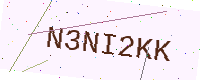
Text: N3NI2KK